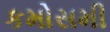
કમોસમી